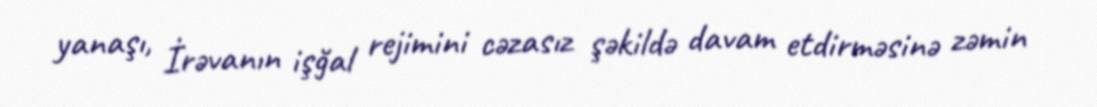
yanaşı, İrəvanın işğal rejimini cəzasız şəkildə davam etdirməsinə zəmin